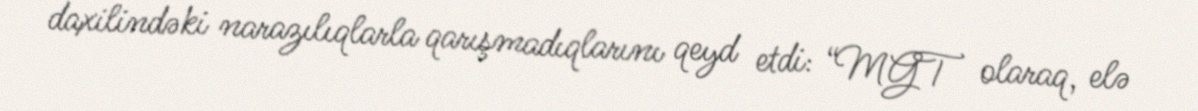
daxilindəki narazılıqlarla qarışmadıqlarını qeyd etdi: “MGT olaraq, elə